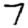
Digit: 7